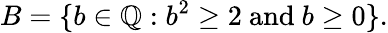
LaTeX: B=\{ b\in\mathbb{Q}:b^{2}\geq 2{\mathrm{~and~}}b\geq 0\} .